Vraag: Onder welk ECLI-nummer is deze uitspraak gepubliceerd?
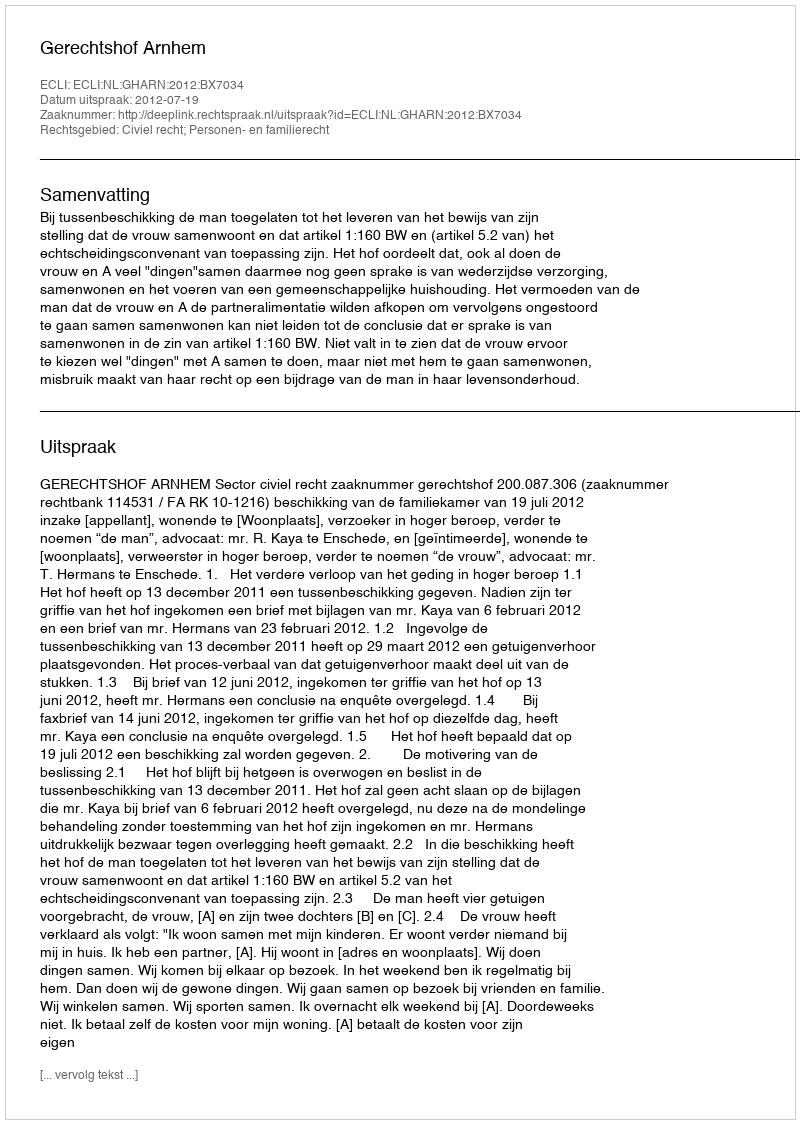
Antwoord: ECLI:NL:GHARN:2012:BX7034